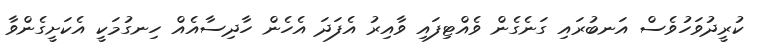
ކުރީދުވަހުވެސް އަނބުރައި ގަނެގެން ވެއްޓިފައި ވާއިރު އެފަދަ އެހެން ހާދިސާއެއް ހިނގުމަކީ އެކަށީގެންވާ